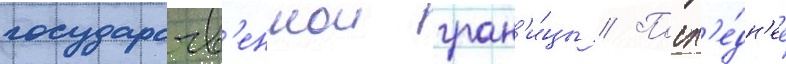
государств'еннои гран'и́цы // Посл'е́дн'ее